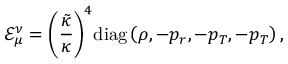
{ { \mathcal { E } } _ { \mu } ^ { \nu } } = { { \left( { \frac { \tilde { \kappa } } { \kappa } } \right) } ^ { 4 } } \mathrm { d i a g } \left( \rho , - { p _ { r } } , - { p _ { T } } , - { p _ { T } } \right) ,